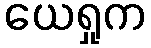
ယေရှုက